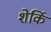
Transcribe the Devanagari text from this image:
शेर्कि